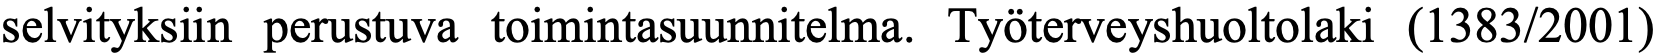
selvityksiin perustuva toimintasuunnitelma. Työterveyshuoltolaki (1383/2001)